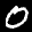
Label: 0